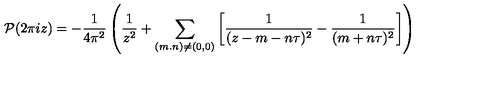
{ \cal P } ( 2 \pi i z ) = - \frac { 1 } { 4 \pi ^ { 2 } } \left( \frac { 1 } { z ^ { 2 } } + \sum _ { ( m . n ) \neq ( 0 , 0 ) } \left[ \frac { 1 } { ( z - m - n \tau ) ^ { 2 } } - \frac { 1 } { ( m + n \tau ) ^ { 2 } } \right] \right)